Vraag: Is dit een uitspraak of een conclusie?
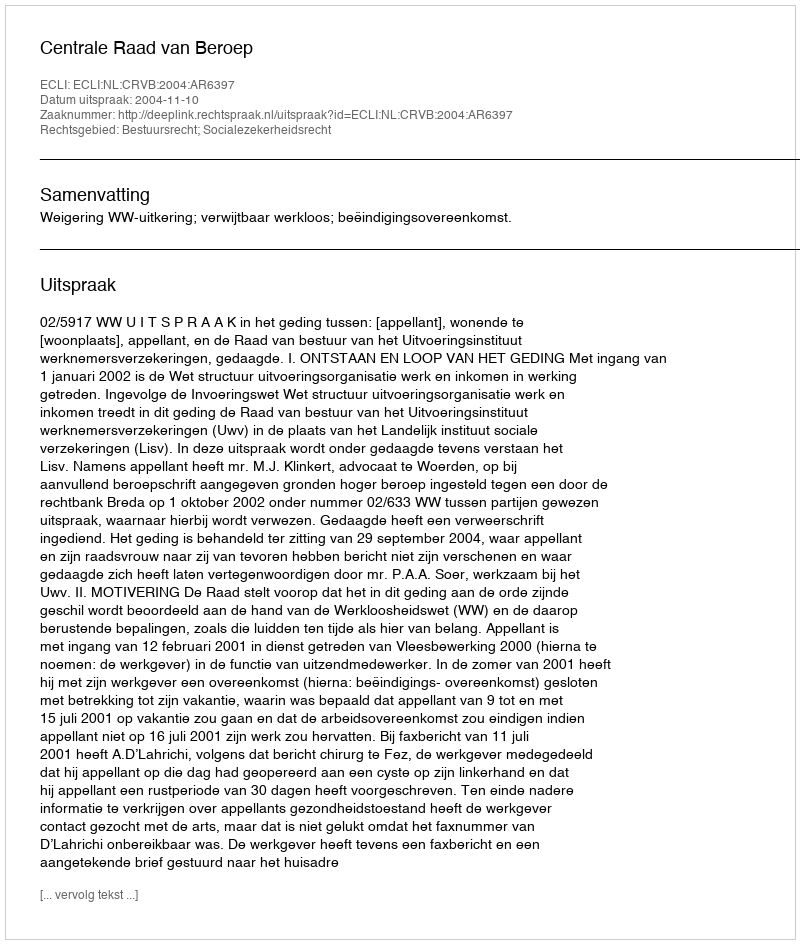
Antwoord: Uitspraak